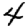
Digit: 4